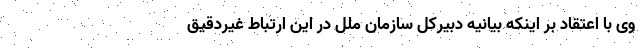
وی با اعتقاد بر اینکه بیانیه دبیرکل سازمان ملل در این ارتباط غیردقیق